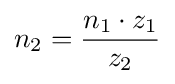
n_{2}={\frac {n_{1}\cdot z_{1}}{z_{2}}}